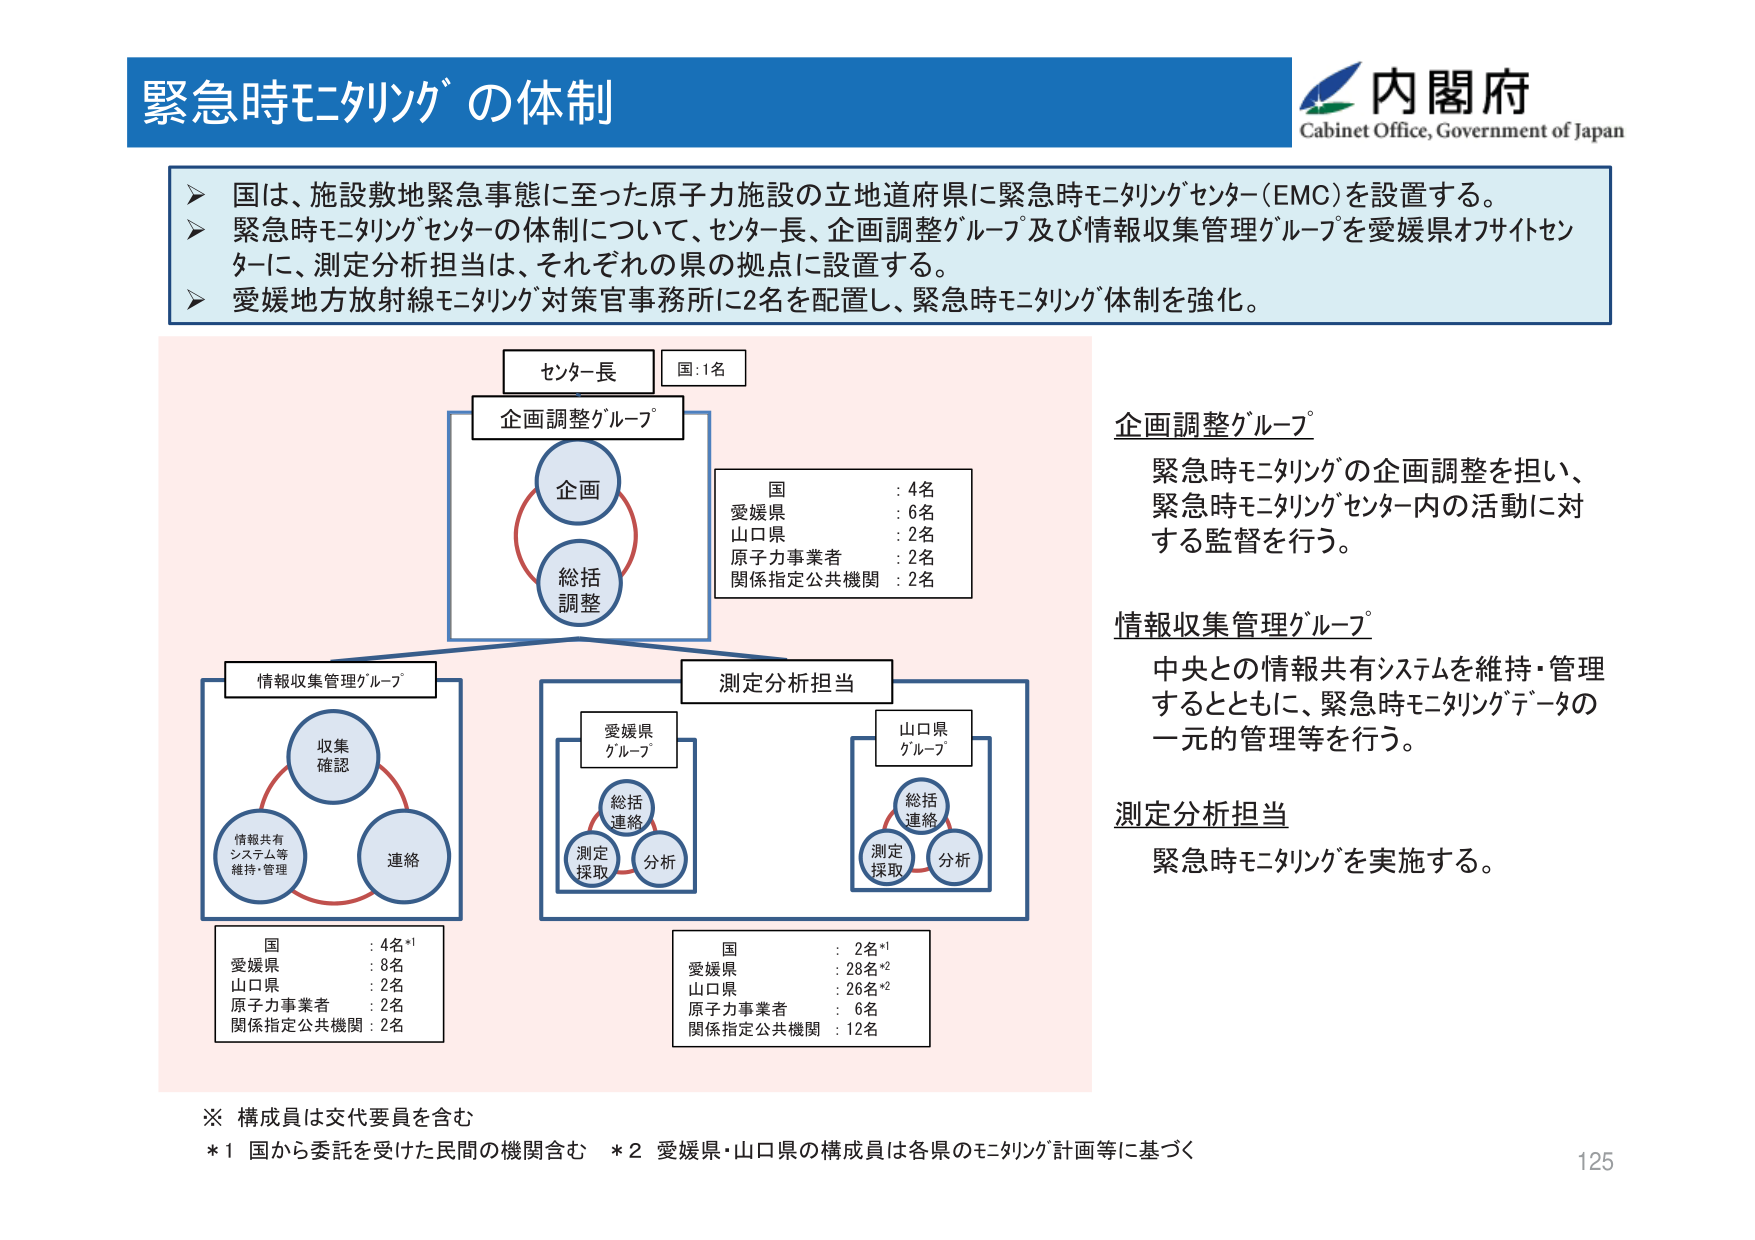
緊急時モニタリングの体制

内閣府
Cabinet Office, Government of Japan

➤ 国は、施設敷地緊急事態に至った原子力施設の立地道府県に緊急時モニタリングセンター（EMC）を設置する。
➤ 緊急時モニタリングセンターの体制について、センター長、企画調整グループ及び情報収集管理グループを愛媛県オフサイトセンターに、測定分析担当は、それぞれの県の拠点に設置する。
➤ 愛媛地方放射線モニタリング対策官事務所に2名を配置し、緊急時モニタリング体制を強化。

センター長
国：1名

企画調整グループ
企画
総括
調整

国 ：4名
愛媛県 ：6名
山口県 ：2名
原子力事業者 ：2名
関係指定公共機関 ：2名

情報収集管理グループ
収集
確認
情報共有
システム等
維持・管理
連絡

測定分析担当
愛媛県
グループ
総括
連絡
測定
採取
分析

山口県
グループ
総括
連絡
測定
採取
分析

企画調整グループ
緊急時モニタリングの企画調整を担い、
緊急時モニタリングセンター内の活動に対
する監督を行う。

情報収集管理グループ
中央との情報共有システムを維持・管理
するとともに、緊急時モニタリングデータの
一元的管理等を行う。

測定分析担当
緊急時モニタリングを実施する。

国 ：4名*1
愛媛県 ：8名
山口県 ：2名
原子力事業者 ：2名
関係指定公共機関 ：2名

国 ：2名*1
愛媛県 ：28名*2
山口県 ：26名*2
原子力事業者 ：6名
関係指定公共機関 ：12名

※ 構成員は交代要員を含む
*1 国から委託を受けた民間の機関含む　*2 愛媛県・山口県の構成員は各県のモニタリング計画等に基づく

125